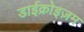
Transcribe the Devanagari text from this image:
डाईक्रोइज़म